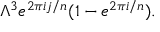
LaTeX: \Lambda ^ { 3 } e ^ { 2 \pi i j / n } ( 1 - e ^ { 2 \pi i / n } ) .